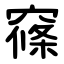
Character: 窱